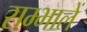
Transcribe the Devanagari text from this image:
सम्भालें